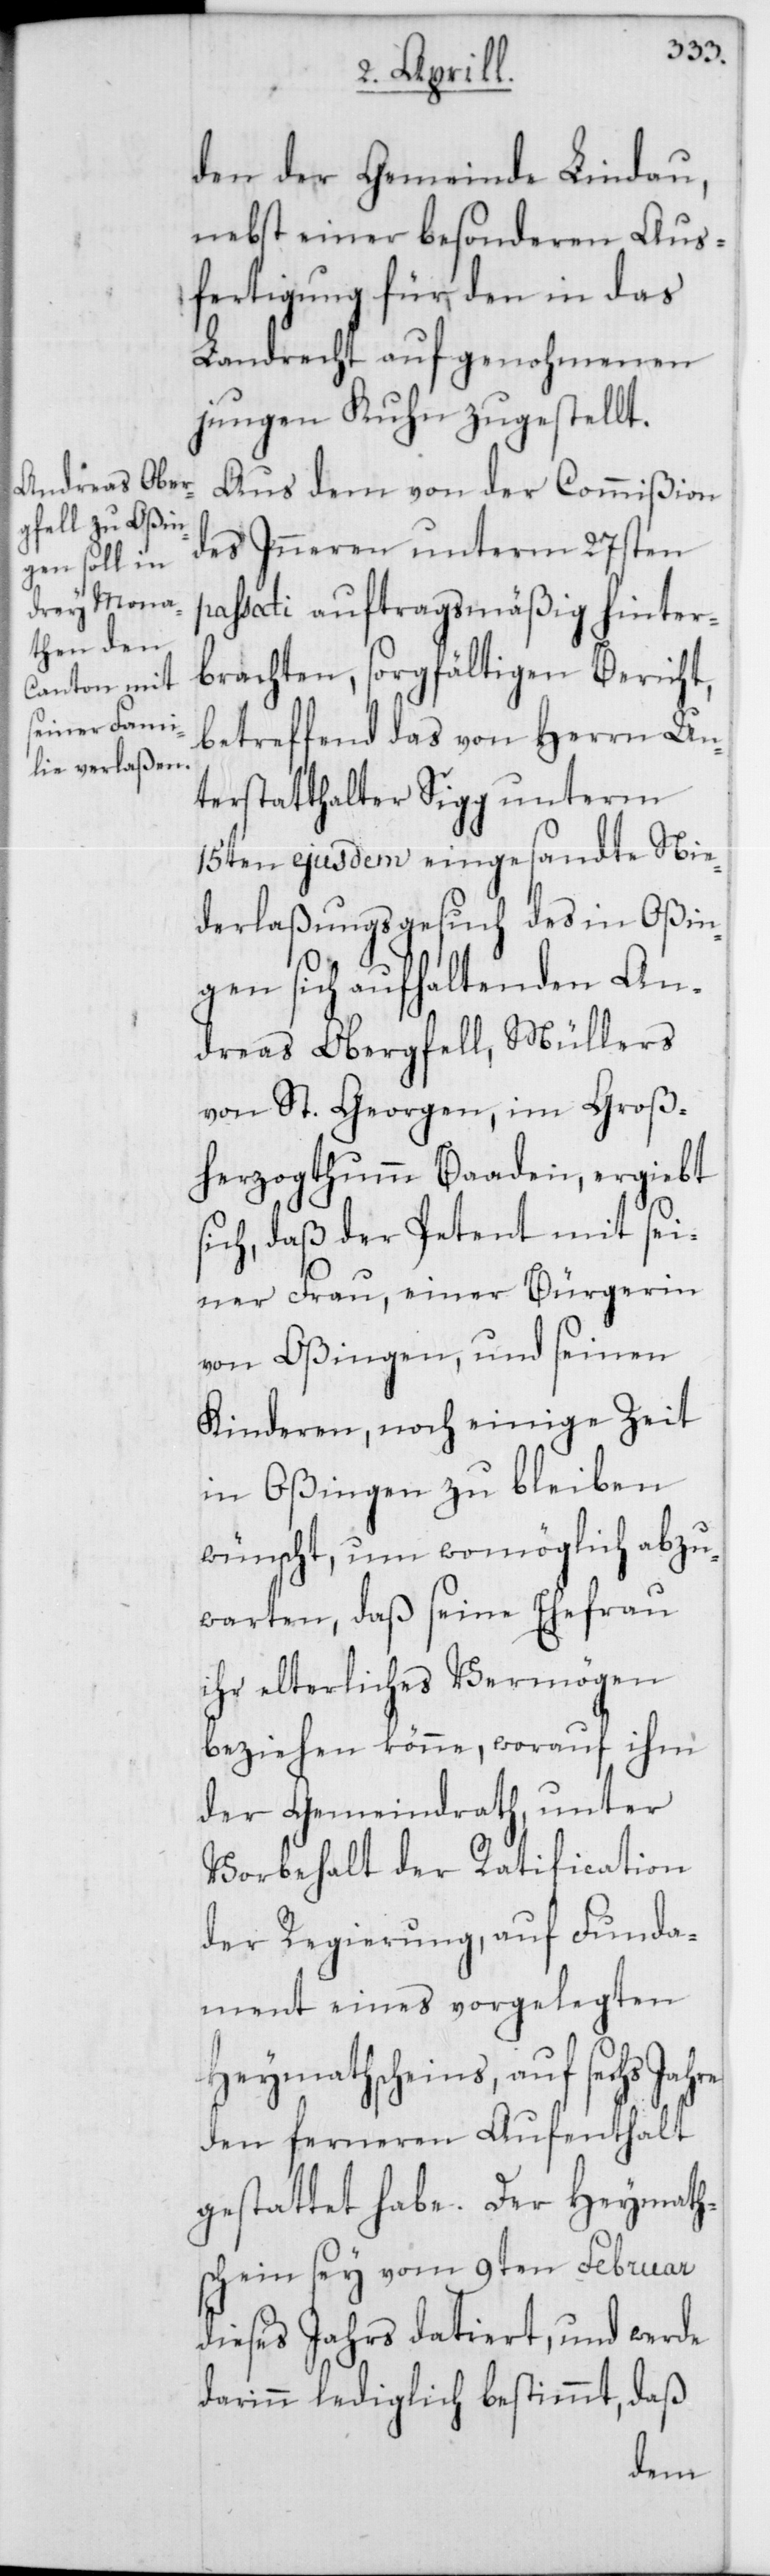
den der Gemeinde Lindau,
nebst einer besonderen Aus¬
fertigung für den in das
Landrecht aufgenohmenen
jungen Kuhn zugestellt.
Aus dem von der Commißion
des Inneren unterm 27sten
passati auftragsmäßig hinter¬
brachten, sorgfältigen Bericht,
betreffend das von Herrn Un¬
terstatthalter Sigg unterm
15ten ejusdem eingesandte Nie¬
derlaßungsgesuch des in Oßin¬
gen sich aufhaltenden An¬
dreas Obergfell, Müllers
von St. Georgen im Groß¬
herzogthum Baaden, ergibt
sich, daß der Petent mit sei¬
ner Frau, einer Bürgerin
von Oßingen, und seinen
Kinderen, noch einige Zeit
in Oßingen zu bleiben
wünscht, um womöglich abzu¬
warten, daß seine Ehefrau
ihr elterliches Vermögen
beziehen könne, worauf ihm
der Gemeindrath, unter
Vorbehalt der Ratification
der Regierung, auf Funda¬
ment eines vorgelegten
Heymathscheins, auf sechs Jahre
den ferneren Aufenthalt
gestattet habe. Der Heymath¬
schein sey vom 9ten Februar
dieses Jahrs datiert, und werde
darinn lediglich bestimmt, daß